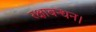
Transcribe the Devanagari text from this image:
रक्षाबन्धन।